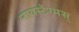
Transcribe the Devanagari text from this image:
नायस्‍टेग्‍मस्